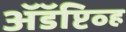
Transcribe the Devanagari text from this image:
अॅडॅप्टिव्ह